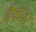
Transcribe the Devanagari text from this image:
वैकवर